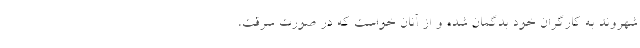
شهروند به کارگران خود بدگمان شده و از آنان خواست که در صورت سرقت،